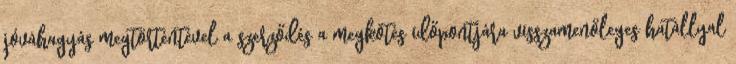
jóváhagyás megtörténtével a szerződés a megkötés időpontjára visszamenőleges hatállyal